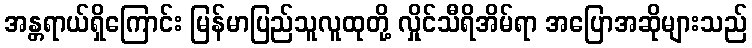
အန္တရာယ်ရှိကြောင်း မြန်မာပြည်သူလူထုတို့ လှိုင်သီရိအိမ်ရာ အပြောအဆိုများသည်